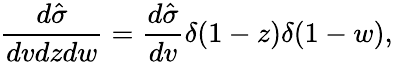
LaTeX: \frac{d\hat{\sigma}}{dvdzdw}=\frac{d\hat{\sigma}}{dv}\delta(1-z)\delta(1-w),